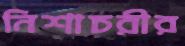
নিশাচরীর